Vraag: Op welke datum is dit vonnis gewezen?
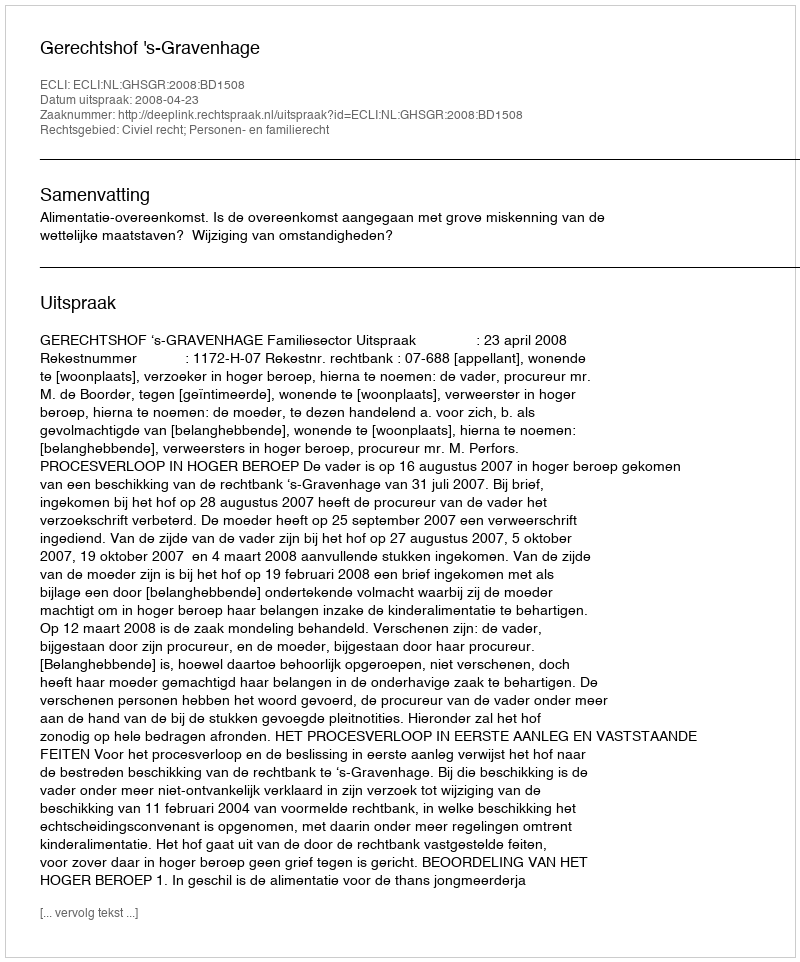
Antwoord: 2008-04-23